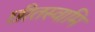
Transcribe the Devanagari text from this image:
छीतस्वामि